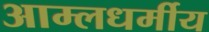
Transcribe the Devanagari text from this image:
आम्लधर्मीय